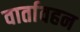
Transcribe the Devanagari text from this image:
वार्तावहन